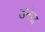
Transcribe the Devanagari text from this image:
डनेज